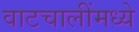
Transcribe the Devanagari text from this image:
वाटचालींमध्ये